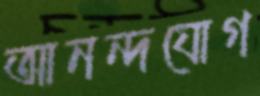
আনন্দযোগ